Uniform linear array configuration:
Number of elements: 4
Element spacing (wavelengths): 0.75
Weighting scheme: kaiser
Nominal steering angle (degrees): -30
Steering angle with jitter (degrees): -29.337
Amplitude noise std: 0.05
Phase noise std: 0.05

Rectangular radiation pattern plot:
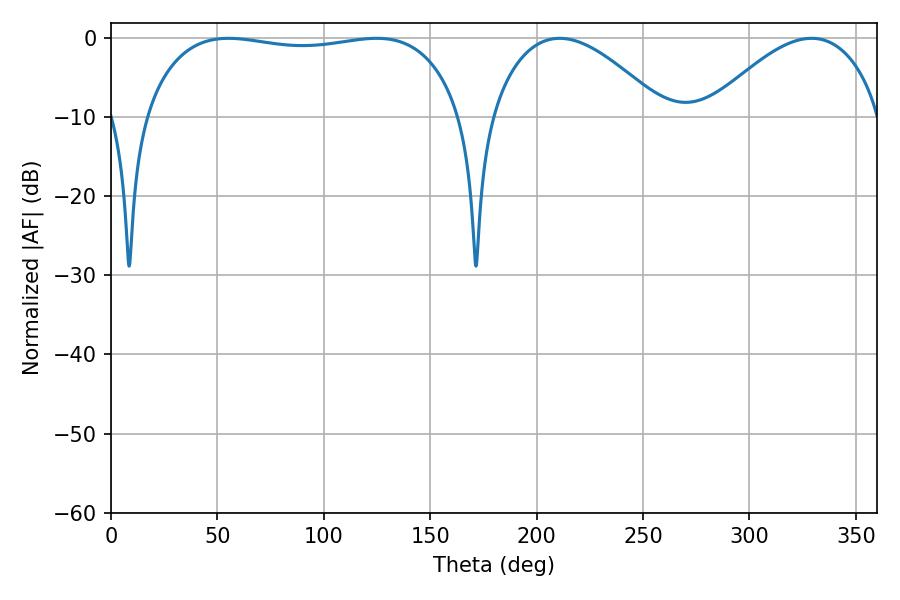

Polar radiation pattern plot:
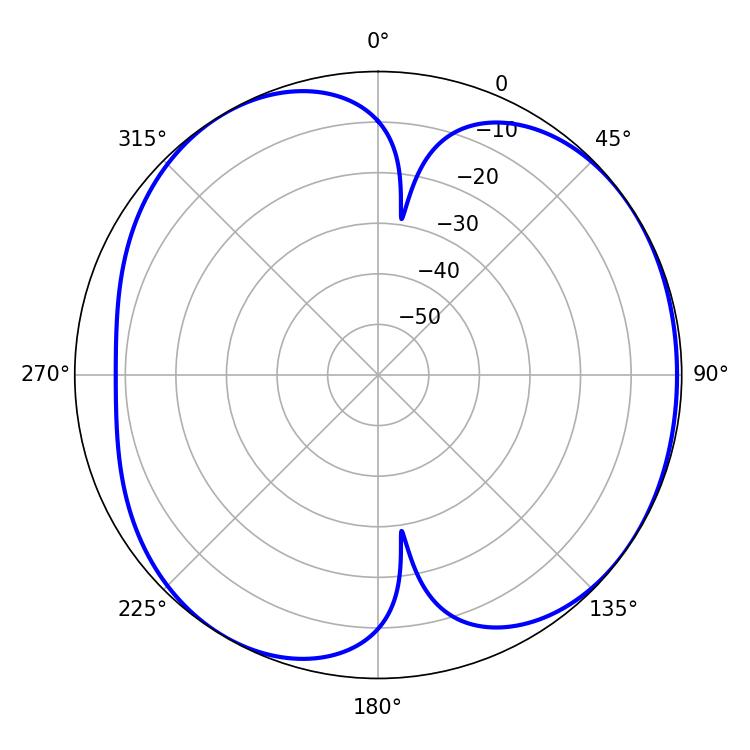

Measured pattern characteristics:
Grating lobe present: TRUE
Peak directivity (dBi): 5.222
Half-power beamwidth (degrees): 44.64
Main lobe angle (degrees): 210.78